Source: Handwritten
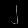
Digit: ၂ (2)